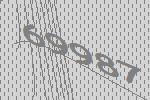
69987